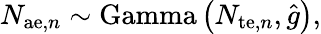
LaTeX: N_{\mathrm{ae},n}\sim\mathrm{Gamma}\left(N_{\mathrm{te},n},\hat{g}\right),